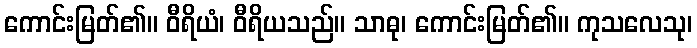
ကောင်းမြတ်၏။ ဝီရိယံ၊ ဝီရိယသည်။ သာဓု၊ ကောင်းမြတ်၏။ ကုသလေသု၊